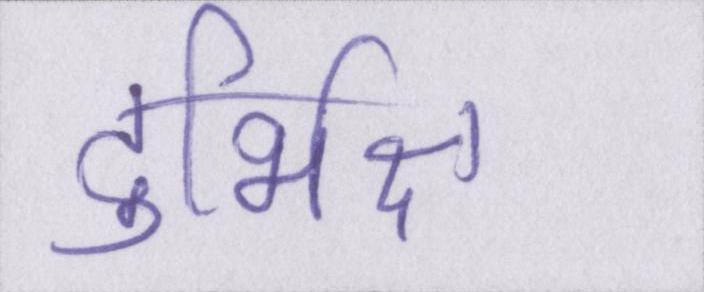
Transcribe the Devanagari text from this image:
दुर्भिक्ष